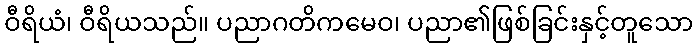
ဝီရိယံ၊ ဝီရိယသည်။ ပညာဂတိကမေဝ၊ ပညာ၏ဖြစ်ခြင်းနှင့်တူသော